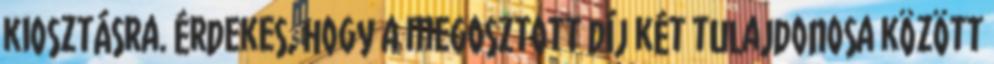
kiosztásra. Érdekes, hogy a megosztott díj két tulajdonosa között